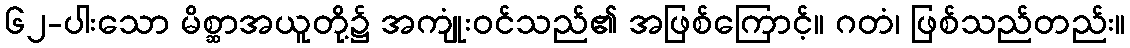
၆၂-ပါးသော မိစ္ဆာအယူတို့၌ အကျုံးဝင်သည်၏ အဖြစ်ကြောင့်။ ဂတံ၊ ဖြစ်သည်တည်း။